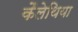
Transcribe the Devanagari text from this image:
कैलेथिया